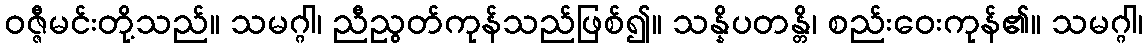
ဝဇ္ဇီမင်းတို့သည်။ သမဂ္ဂါ၊ ညီညွတ်ကုန်သည်ဖြစ်၍။ သန္နိပတန္တိ၊ စည်းဝေးကုန်၏။ သမဂ္ဂါ၊